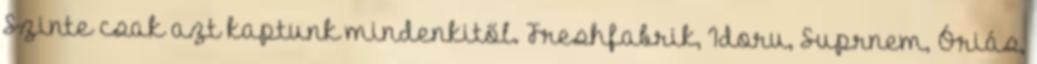
Szinte csak azt kaptunk mindenkitől. Freshfabrik, Idoru, Suprnem, Óriás,